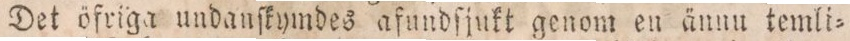
Det öfriga undanſkymdes afundſjukt genom en ännu temli=